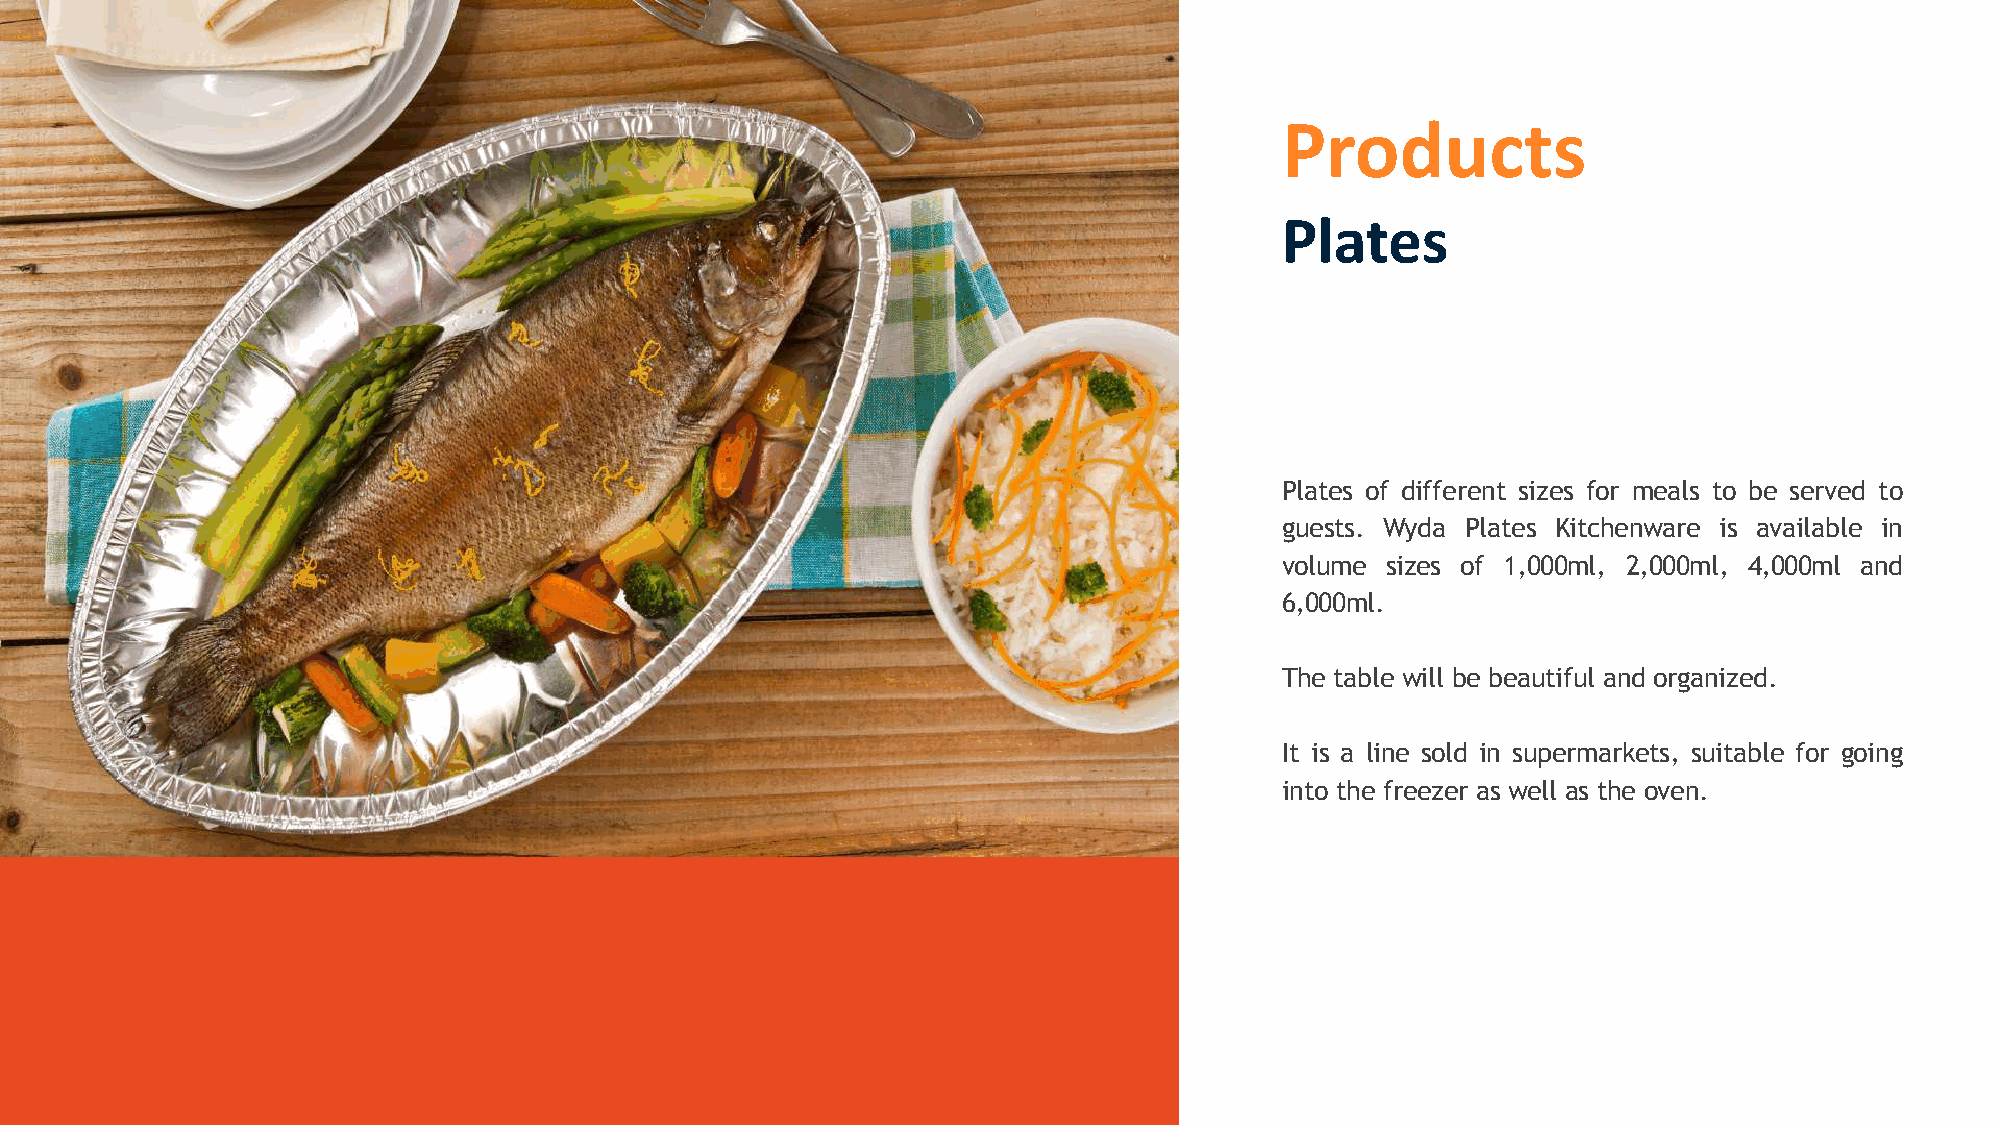
Products
 Plates
 Plates of different sizes for meals to be served to
 guests. Wyda Plates Kitchenware is available in
 volume sizes of 1,000ml, 2,000ml, 4,000ml and
 6,000ml.
 The table will be beautiful and organized.
 It is a line sold in supermarkets, suitable for going
 into the freezer as well as the oven.